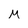
Character: M